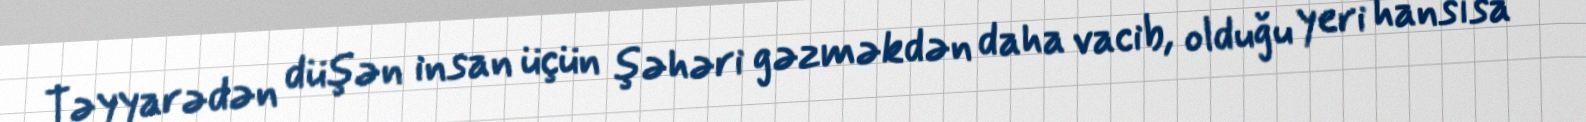
Təyyarədən düşən insan üçün şəhəri gəzməkdən daha vacib, olduğu yeri hansısa